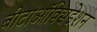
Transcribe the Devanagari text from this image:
बीटाऑक्सिडेशन